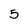
Character: 5